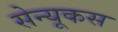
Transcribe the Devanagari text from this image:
सेन्यूकस